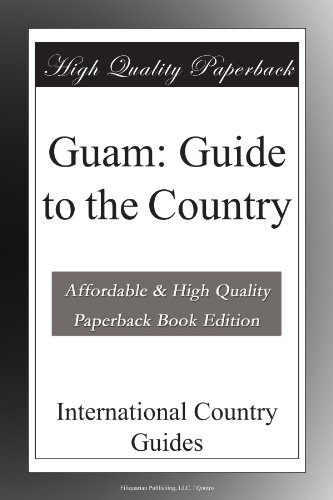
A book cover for Guam: Guide to the Country; International Country Guides; Travel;